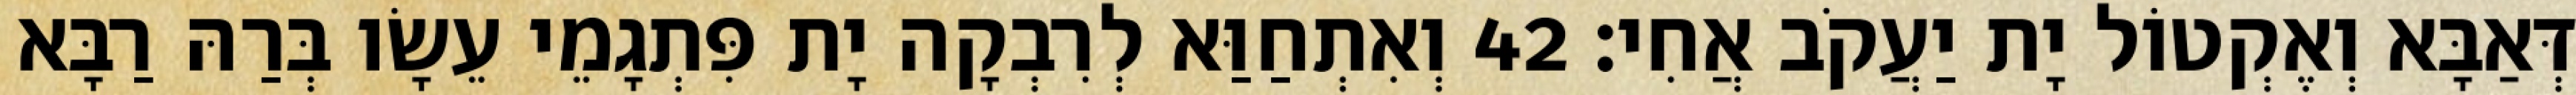
דְּאַבָּא וְאֶקְטוֹל יָת יַעֲקֹב אֲחִי׃ 42 וְאִתְחַוַּא לְרִבְקָה יָת פִּתְגָמֵי עֵשָׂו בְּרַהּ רַבָּא